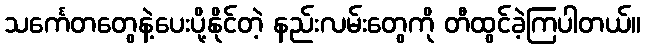
သင်္ကေတတွေနဲ့ပေးပို့နိုင်တဲ့ နည်းလမ်းတွေကို တီထွင်ခဲ့ကြပါတယ်။